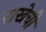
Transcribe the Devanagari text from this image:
राखेची